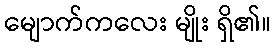
မျောက်ကလေး မျိုး ရှိ၏။